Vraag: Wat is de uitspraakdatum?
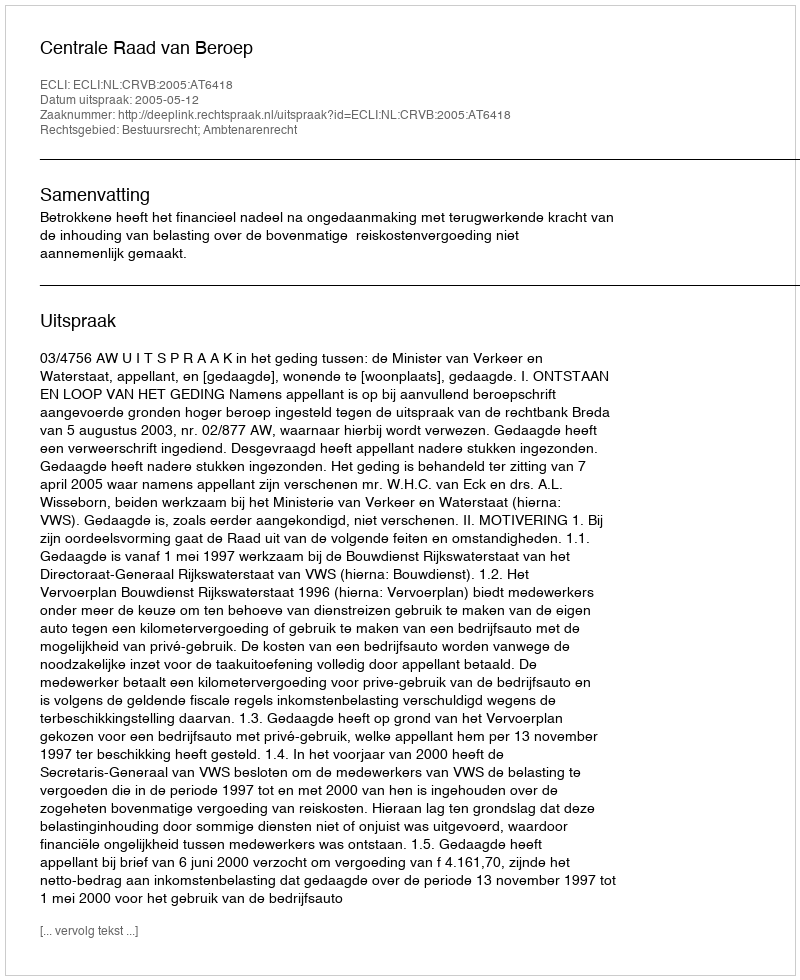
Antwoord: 2005-05-12